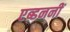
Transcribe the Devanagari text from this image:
एब्डननीं